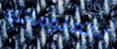
لمعلوماتك